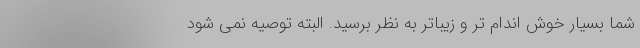
شما بسیار خوش اندام تر و زیباتر به نظر برسید. البته توصیه نمی شود